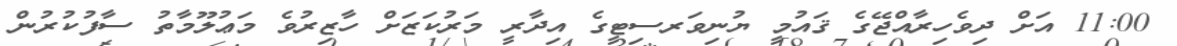
11:00 އަށް ދިވެހިރާއްޖޭގެ ޤައުމީ ޔުނިވަރސިޓީގެ އިދާރީ މަރުކަޒަށް ހާޒިރުވެ މަޢުލޫމާތު ސާފުކުރުން